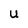
Character: U